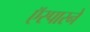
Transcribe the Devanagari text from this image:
ऍस्पारने